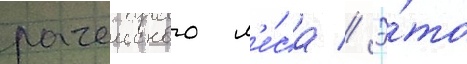
рачеиского л'е́са // Э́то